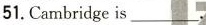
51.Cambridge is___.